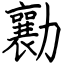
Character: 勷